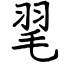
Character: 毣